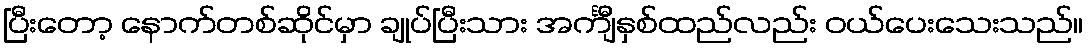
ပြီးတော့ နောက်တစ်ဆိုင်မှာ ချုပ်ပြီးသား အင်္ကျီနှစ်ထည်လည်း ဝယ်ပေးသေးသည်။